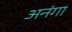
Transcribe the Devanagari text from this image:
अनंगा